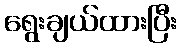
ရွေးချယ်ထားပြီး